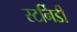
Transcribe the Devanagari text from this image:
स्टर्निडी